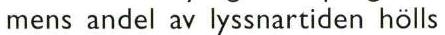
mens andel av lyssnartiden hölls